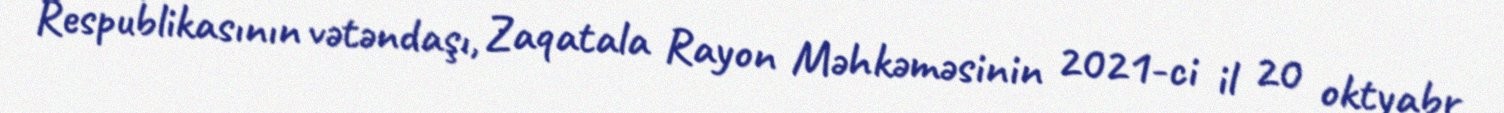
Respublikasının vətəndaşı, Zaqatala Rayon Məhkəməsinin 2021-ci il 20 oktyabr